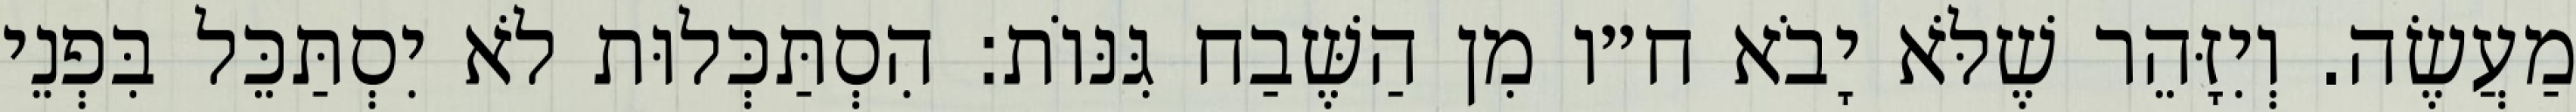
מַעֲשֶׂה. וְיִזָּהֵר שֶׁלֹּא יָבֹא ח״ו מִן הַשֶּׁבַח גִּנּוֹת: הִסְתַּכְּלוּת לֹא יִסְתַּכֵּל בִּפְנֵי